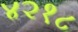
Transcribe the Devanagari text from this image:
४२१८